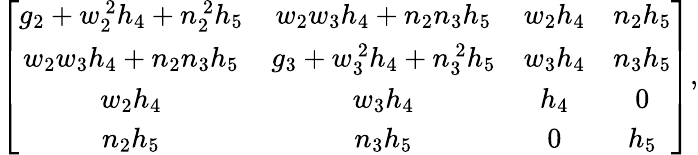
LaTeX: \left[\begin{array}{cccc}{{g_{2}+w_{2}^{\ 2}h_{4}+n_{2}^{\ 2}h_{5}}}&{{w_{2}w_{3}h_{4}+n_{2}n_{3}h_{5}}}&{{w_{2}h_{4}}}&{{n_{2}h_{5}}}\\ {{w_{2}w_{3}h_{4}+n_{2}n_{3}h_{5}}}&{{g_{3}+w_{3}^{\ 2}h_{4}+n_{3}^{\ 2}h_{5}}}&{{w_{3}h_{4}}}&{{n_{3}h_{5}}}\\ {{w_{2}h_{4}}}&{{w_{3}h_{4}}}&{{h_{4}}}&{{0}}\\ {{n_{2}h_{5}}}&{{n_{3}h_{5}}}&{{0}}&{{h_{5}}}\end{array}\right],